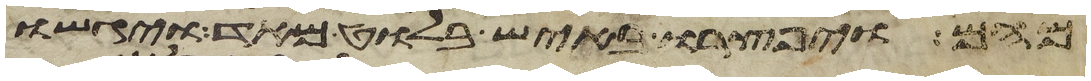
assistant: מהם ויפצרו באיש בלוט מאד ויגשו